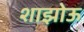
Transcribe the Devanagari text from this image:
शाझोऊ